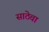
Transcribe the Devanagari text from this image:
साठेचा